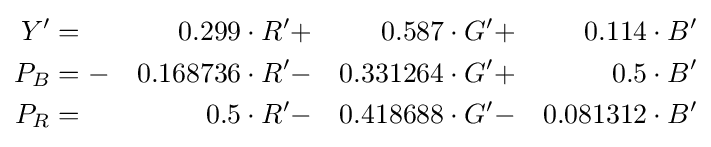
{\begin{aligned}Y'&=&0.299\cdot R'&+&0.587\cdot G'&+&0.114\cdot B'\\P_{B}&=-&0.168736\cdot R'&-&0.331264\cdot G'&+&0.5\cdot B'\\P_{R}&=&0.5\cdot R'&-&0.418688\cdot G'&-&0.081312\cdot B'\end{aligned}}